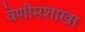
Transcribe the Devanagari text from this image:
वेणीमशाखा